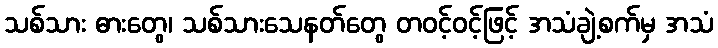
သစ်သား ဓားတွေ၊ သစ်သားသေနတ်တွေ တဝင့်ဝင့်ဖြင့် အသံချဲ့စက်မှ အသံ